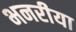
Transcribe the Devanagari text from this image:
भनरीया